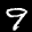
Label: 9